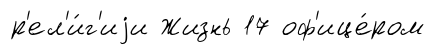
р'ел'и́г'иjи Жизнь 17 оф'ице́ром